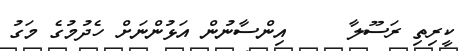
ކީރިތި ރަސޫލާ     އިންސާނުން އަޅުންނަށް ހެދުމުގެ މަގު